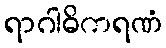
ရာဂါဓိကရဏံ